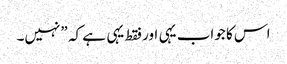
اس کا جواب یہی اور فقط یہی ہے کہ ”نہیں۔